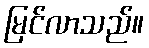
မြင်လာသည်။